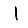
Digit: 1